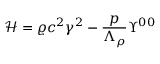
\mathcal { H } = \varrho c ^ { 2 } \gamma ^ { 2 } - \frac { p } { \Lambda _ { \rho } } \Upsilon ^ { 0 0 }